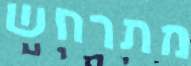
מתרחש